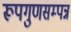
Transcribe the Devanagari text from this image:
रूपगुणसम्पन्न